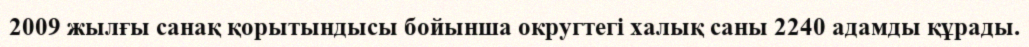
2009 жылғы санақ қорытындысы бойынша округтегі халық саны 2240 адамды құрады.